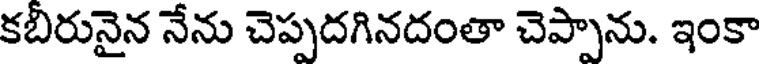
కబీరునైన నేను చెప్పదగినదంతా చెప్పాను. ఇంకా